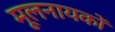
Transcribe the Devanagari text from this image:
मूलनायकों